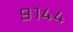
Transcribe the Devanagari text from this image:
९१४४